Source: Computer-generated
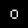
Digit: ၀ (0)